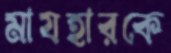
মাযহারকে